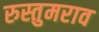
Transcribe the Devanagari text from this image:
रुस्तुमराव